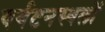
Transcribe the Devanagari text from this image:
पर्यटनस्थलों